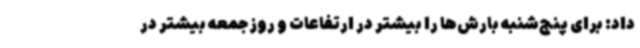
داد: برای پنج‌شنبه بارش‌ها را بیشتر در ارتفاعات و روز جمعه بیشتر در